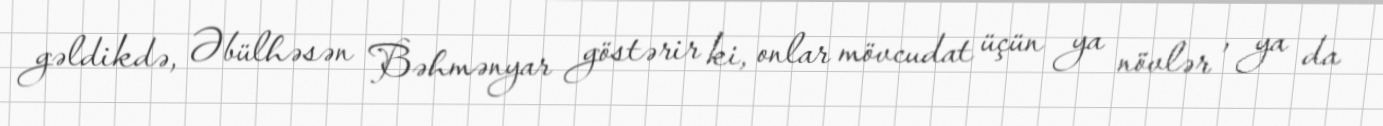
gəldikdə, Əbülhəsən Bəhmənyar göstərir ki, onlar mövcudat üçün ya növlər , ya da